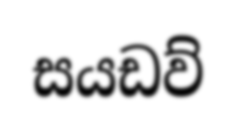
සයඩව්